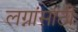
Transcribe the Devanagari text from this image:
लग्नांसाठी